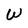
Character: W